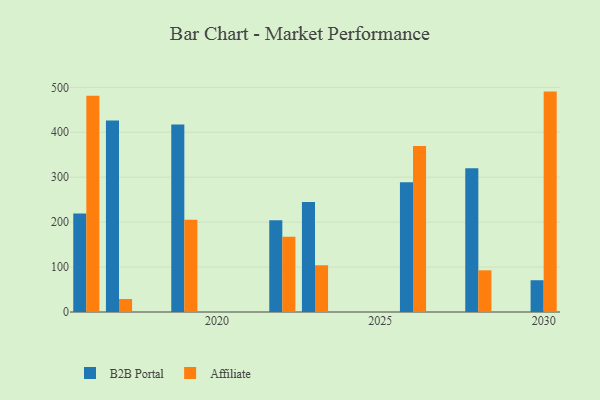
{"axis": {"x": "Year", "y": "Operating Costs (USD K)"}, "legend": ["Affiliate", "B2B Portal"], "data": [{"x": "2023", "y": 244.6, "type": "B2B Portal"}, {"x": "2023", "y": 104.0, "type": "Affiliate"}, {"x": "2030", "y": 70.7, "type": "B2B Portal"}, {"x": "2030", "y": 490.5, "type": "Affiliate"}, {"x": "2017", "y": 426.0, "type": "B2B Portal"}, {"x": "2017", "y": 29.0, "type": "Affiliate"}, {"x": "2026", "y": 288.6, "type": "B2B Portal"}, {"x": "2026", "y": 369.4, "type": "Affiliate"}, {"x": "2022", "y": 204.3, "type": "B2B Portal"}, {"x": "2022", "y": 167.5, "type": "Affiliate"}, {"x": "2028", "y": 320.1, "type": "B2B Portal"}, {"x": "2028", "y": 92.8, "type": "Affiliate"}, {"x": "2019", "y": 417.4, "type": "B2B Portal"}, {"x": "2019", "y": 205.5, "type": "Affiliate"}, {"x": "2016", "y": 219.1, "type": "B2B Portal"}, {"x": "2016", "y": 481.0, "type": "Affiliate"}]}